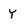
Character: Y